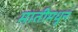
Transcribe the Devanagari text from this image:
मातीमधून